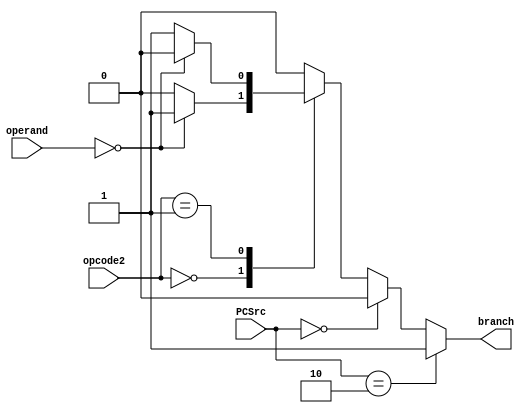
module Branch_Control(PCSrc, opcode2, operand, branch);
    parameter REG_BITS = 32;

    input [1:0] PCSrc;
    input [2:0] opcode2;
    input [REG_BITS-1:0] operand;

    output reg branch;

    always @(PCSrc or opcode2 or operand) begin
        if (PCSrc == 2'b10) branch = 1'b1;
        else if (PCSrc == 2'b00) branch = 1'b0;
        else begin    
            case(opcode2)
                3'b000: begin // branch_zero
                    if (operand == 0) branch = 1'b1;
                    else branch = 1'b0;
                end
                3'b001: begin // branch_nzero
                    if (operand == 0) branch = 1'b0;
                    else branch = 1'b1;
                end
                default: branch = 1'b0;
            endcase
        end
    end

endmodule